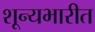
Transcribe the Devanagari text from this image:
शून्यभारीत